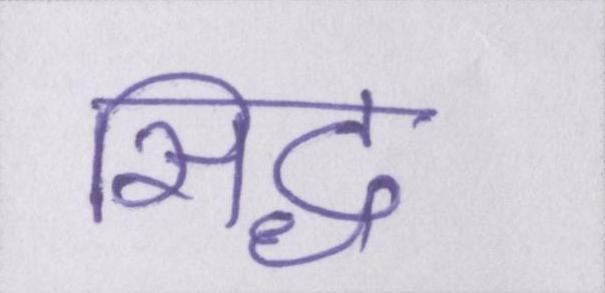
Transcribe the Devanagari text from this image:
सिद्ध